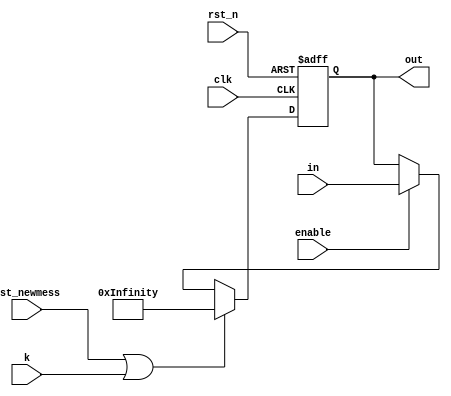
module registerr_ver2 #(
    parameter DIN_WIDTH  = 1600
)   (out, in, enable, rst_newmess, k, rst_n, clk);

    output  [DIN_WIDTH-1:0] out;
    input   [DIN_WIDTH-1:0] in;
    input   enable, rst_newmess, rst_n, clk, k;

    reg     [DIN_WIDTH-1:0] out;

    always @(posedge clk, negedge rst_n) begin
        if (rst_n == 1'b0)
            out <= {64'h8000000000000000, 320'h0, 64'h0000080000000000, 704'h0, 64'h0000000000100000, 384'h0};
        else
            if (rst_newmess || k)
                out <= {64'h8000000000000000, 320'h0, 64'h0000080000000000, 704'h0, 64'h0000000000100000, 384'h0};
            else begin
                if(enable) 
                    out <= in;
                else 
                    out <= out;
            end
    end
endmodule